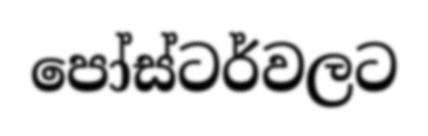
පෝස්ටර්වලට